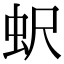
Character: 蚇